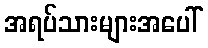
အရပ်သားများအပေါ်